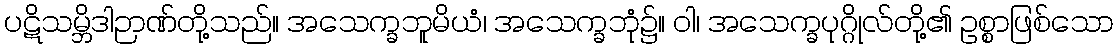
ပဋိသမ္ဘိဒါဉာဏ်တို့သည်။ အသေက္ခဘူမိယံ၊ အသေက္ခဘုံ၌။ ဝါ၊ အသေက္ခပုဂ္ဂိုလ်တို့၏ ဥစ္စာဖြစ်သော